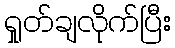
ရှုတ်ချလိုက်ပြီး